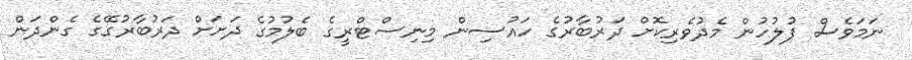
ނަމަވެސް ފުލުހުން މެދުވެރިކޮށް ދަރުބާރުގެ ހައުސިން މިނިސްޓްރީގެ ބެލުމުގެ ދަށަށް ދަރުބާރުގޭގެ ގެންދަން